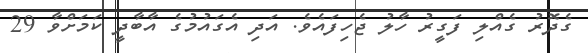
ގެދޮރު ގެއްލި ފަގީރު ހާލު ޖެހިފައެވެ. އަދި އެގައުމުގެ އާބާދީ ކަމަށްވާ 29